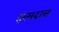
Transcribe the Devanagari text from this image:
हरमदास